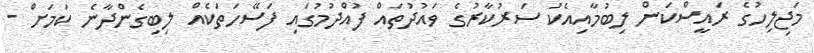
މަޖިލިހުގެ ރައީސްކަން ލިބުމާއިއެކު ސަރުކާރުގެ ވައުދުތައް ފުއްދުމުގައި ފަސޭހަތަކެއް ލިބިގެންދާނެ ކަމަށް -